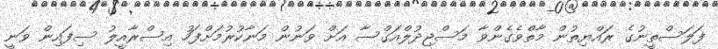
ފަލަސްތީނުގެ ރައްޔިތުން މާތްވެގެންވާ މަސްޖިދުލްއަގްސާ އަށް ވަނުން މަނާކުރުމަށްފަހު އިސްރާއީލު ސިފައިން ވަނީ